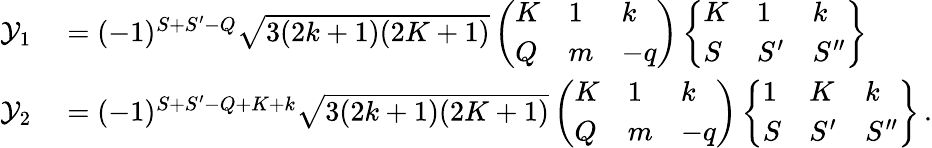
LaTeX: \begin{array}{rl}{\mathcal{Y}_{1}}&{{}=(-1)^{S+S^{\prime}-Q}\sqrt{3(2k+1)(2K+1)}\left(\begin{array}{lll}{K}&{1}&{k}\\ {Q}&{m}&{-q}\end{array}\right)\left\{ \begin{array}{lll}{K}&{1}&{k}\\ {S}&{S^{\prime}}&{S^{\prime\prime}}\end{array}\right\} }\\ {\mathcal{Y}_{2}}&{{}=(-1)^{S+S^{\prime}-Q+K+k}\sqrt{3(2k+1)(2K+1)}\left(\begin{array}{lll}{K}&{1}&{k}\\ {Q}&{m}&{-q}\end{array}\right)\left\{ \begin{array}{lll}{1}&{K}&{k}\\ {S}&{S^{\prime}}&{S^{\prime\prime}}\end{array}\right\} \, .}\end{array}